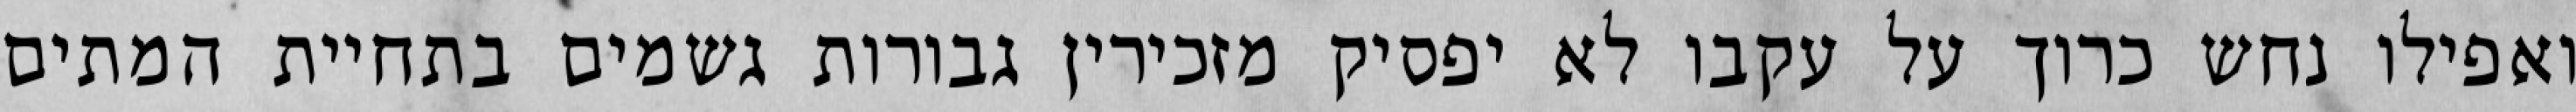
ואפילו נחש כרוך על עקבו לא יפסיק מזכירין גבורות גשמים בתחיית המתים